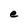
Character: e